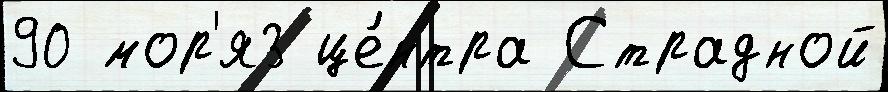
90 мор'я3 це́нтра Страдной